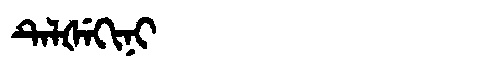
Manchu: ᡨᡝᠯᡧᡝᡴᡳᠨᡳ
Romanization: TELŠEKINI